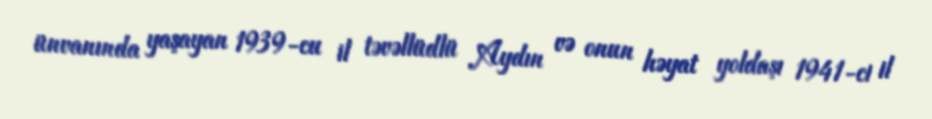
ünvanında yaşayan 1939-cu il təvəllüdlü Aydın və onun həyat yoldaşı 1941-ci il